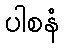
ပါစနံ